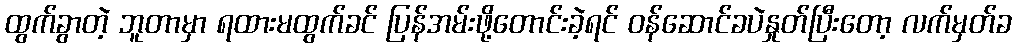
ထွက်ခွာတဲ့ ဘူတာမှာ ရထားမထွက်ခင် ပြန်အမ်းဖို့တောင်းခဲ့ရင် ဝန်ဆောင်ခပဲနှုတ်ပြီးတော့ လက်မှတ်ခ